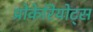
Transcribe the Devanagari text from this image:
प्रोकेरियोट्स